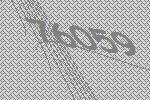
76059